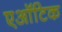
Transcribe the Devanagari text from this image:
एऑटिक